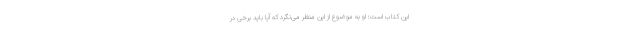
این کتاب است: او به موضوع از این منظر می‌نگرد که آیا باید برخی در